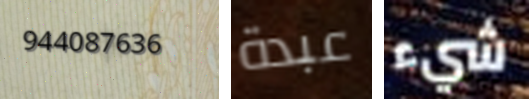
944087636 عبدة شيء